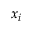
x _ { i }